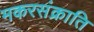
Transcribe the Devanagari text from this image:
मकरसंक्राति